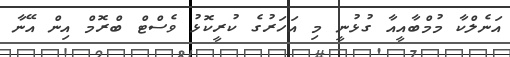
އަނެލްކާ މުމްބާއީއާ ގުޅުނީ މި އަހަރުގެ ކުރީކޮޅު ވެސްޓް ބްރޮމް އިން އޭނާ